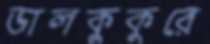
ডালকুকুরে